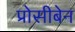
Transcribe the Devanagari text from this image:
प्रोसीबेन